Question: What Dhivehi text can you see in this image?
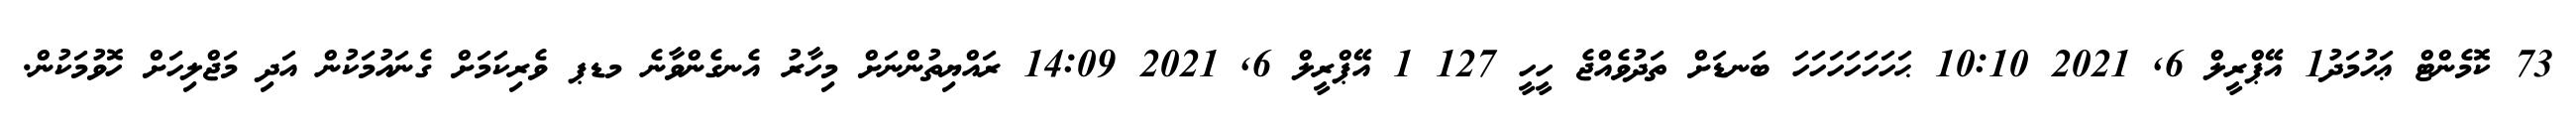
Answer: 73 ކޮމެންޓް ޢަހުމަދު1 އޭޕްރީލް 6, 2021 10:10 ޙަހަހަހަހަހަހަ ބަނޑަށް ތަދުވެއްޖެ ހީހީ 127 1 އޭޕްރީލް 6, 2021 14:09 ރައްޔިތުންނަށް މިހާރު އެނގެންވާނެ މޑޕ ވެރިކަމަށް ގެނައުމަކުން އަދި މަޖްލިހަށް ހޮވުމަކުން.